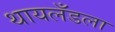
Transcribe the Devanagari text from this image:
थायलँडला